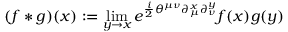
( f * g ) ( x ) : = \operatorname * { l i m } _ { y \rightarrow x } e ^ { \frac { i } { 2 } \theta ^ { \mu \nu } \partial _ { \mu } ^ { x } \partial _ { \nu } ^ { y } } f ( x ) g ( y )